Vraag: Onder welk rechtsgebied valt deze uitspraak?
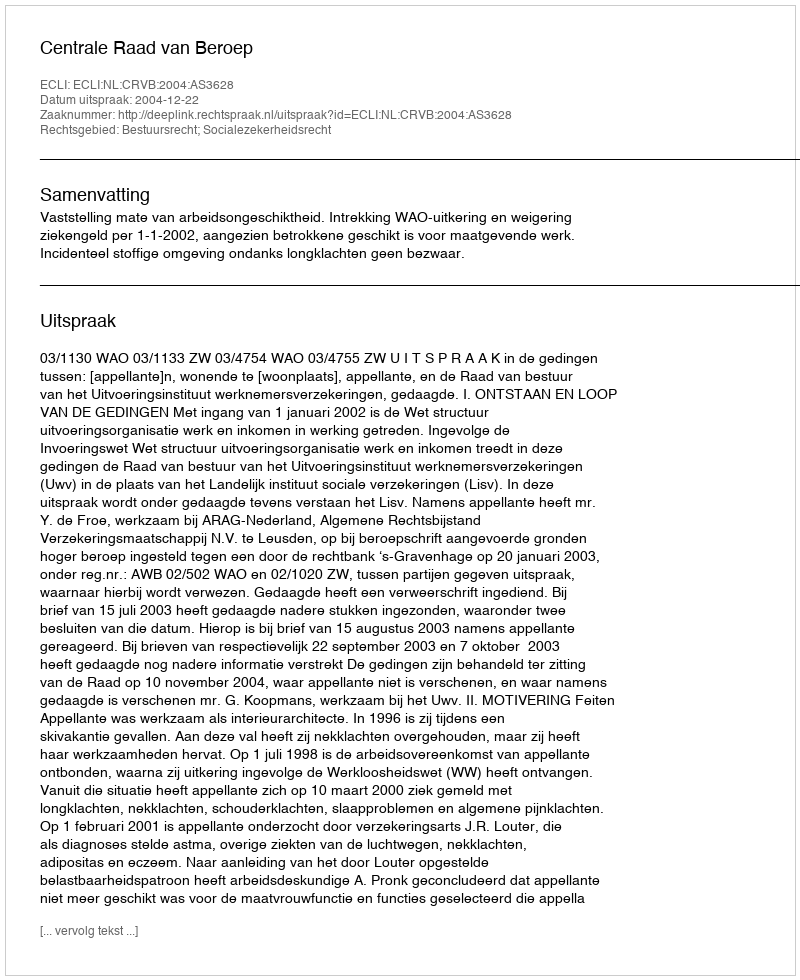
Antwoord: Bestuursrecht; Socialezekerheidsrecht